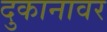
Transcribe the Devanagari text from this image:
दुकानावर